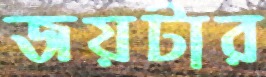
জয়টার